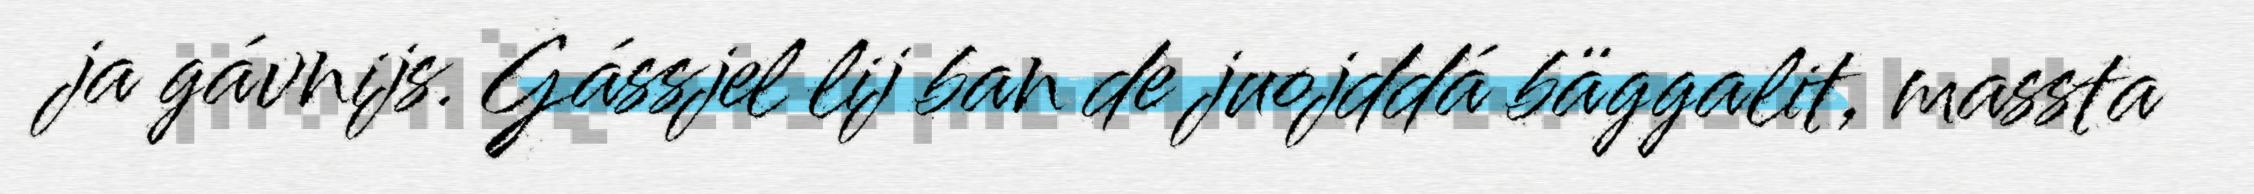
ja gávnijs. Gássjel lij ban de juojddá bäggalit, massta